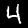
Label: 4